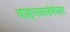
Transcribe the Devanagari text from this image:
वाङ्‌मयासंबंधात